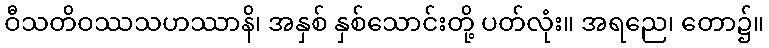
ဝီသတိဝဿသဟဿာနိ၊ အနှစ် နှစ်သောင်းတို့ ပတ်လုံး။ အရညေ၊ တော၌။